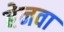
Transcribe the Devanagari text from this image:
बेनवा